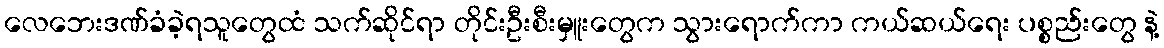
လေဘေးဒဏ်ခံခဲ့ရသူတွေထံ သက်ဆိုင်ရာ တိုင်းဦးစီးမှူးတွေက သွားရောက်ကာ ကယ်ဆယ်ရေး ပစ္စည်းတွေ နဲ့